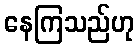
နေကြသည်ဟု